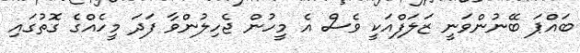
ބައްޕަ ބޭނުންވަނީ ޒަލަފްއަކީ ވެސް އެ މީހުން ޖެހިލުންވާ ފަދަ މީހެއްގެ ގޮތުގައި